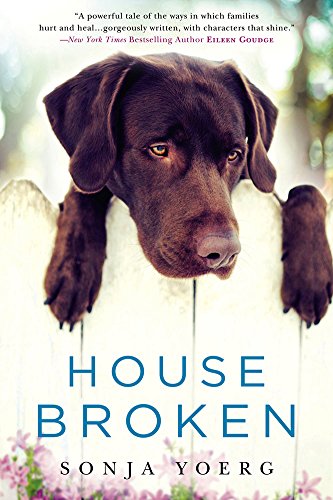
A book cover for House Broken; Sonja Yoerg; Literature & Fiction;